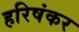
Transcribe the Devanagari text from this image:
हरिषंकर